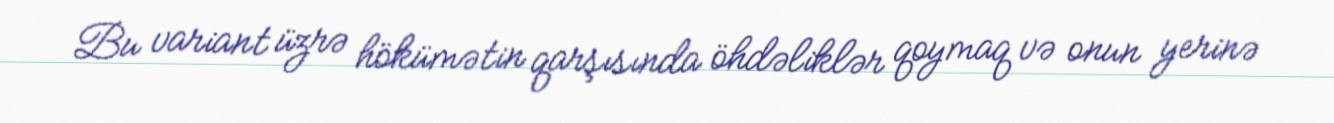
Bu variant üzrə hökümətin qarşısında öhdəliklər qoymaq və onun yerinə